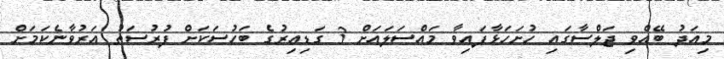
މިއަދު ބޭއްވި ޖަލްސާގައި ހުށަހަޅާފައިވާ މައްސަލައަށް 3 ގަޑިއިރުގެ ބަހުސަކަށް ފުރުސަތު އަރުވާނެކަމަށް